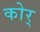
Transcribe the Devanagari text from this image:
कोर्